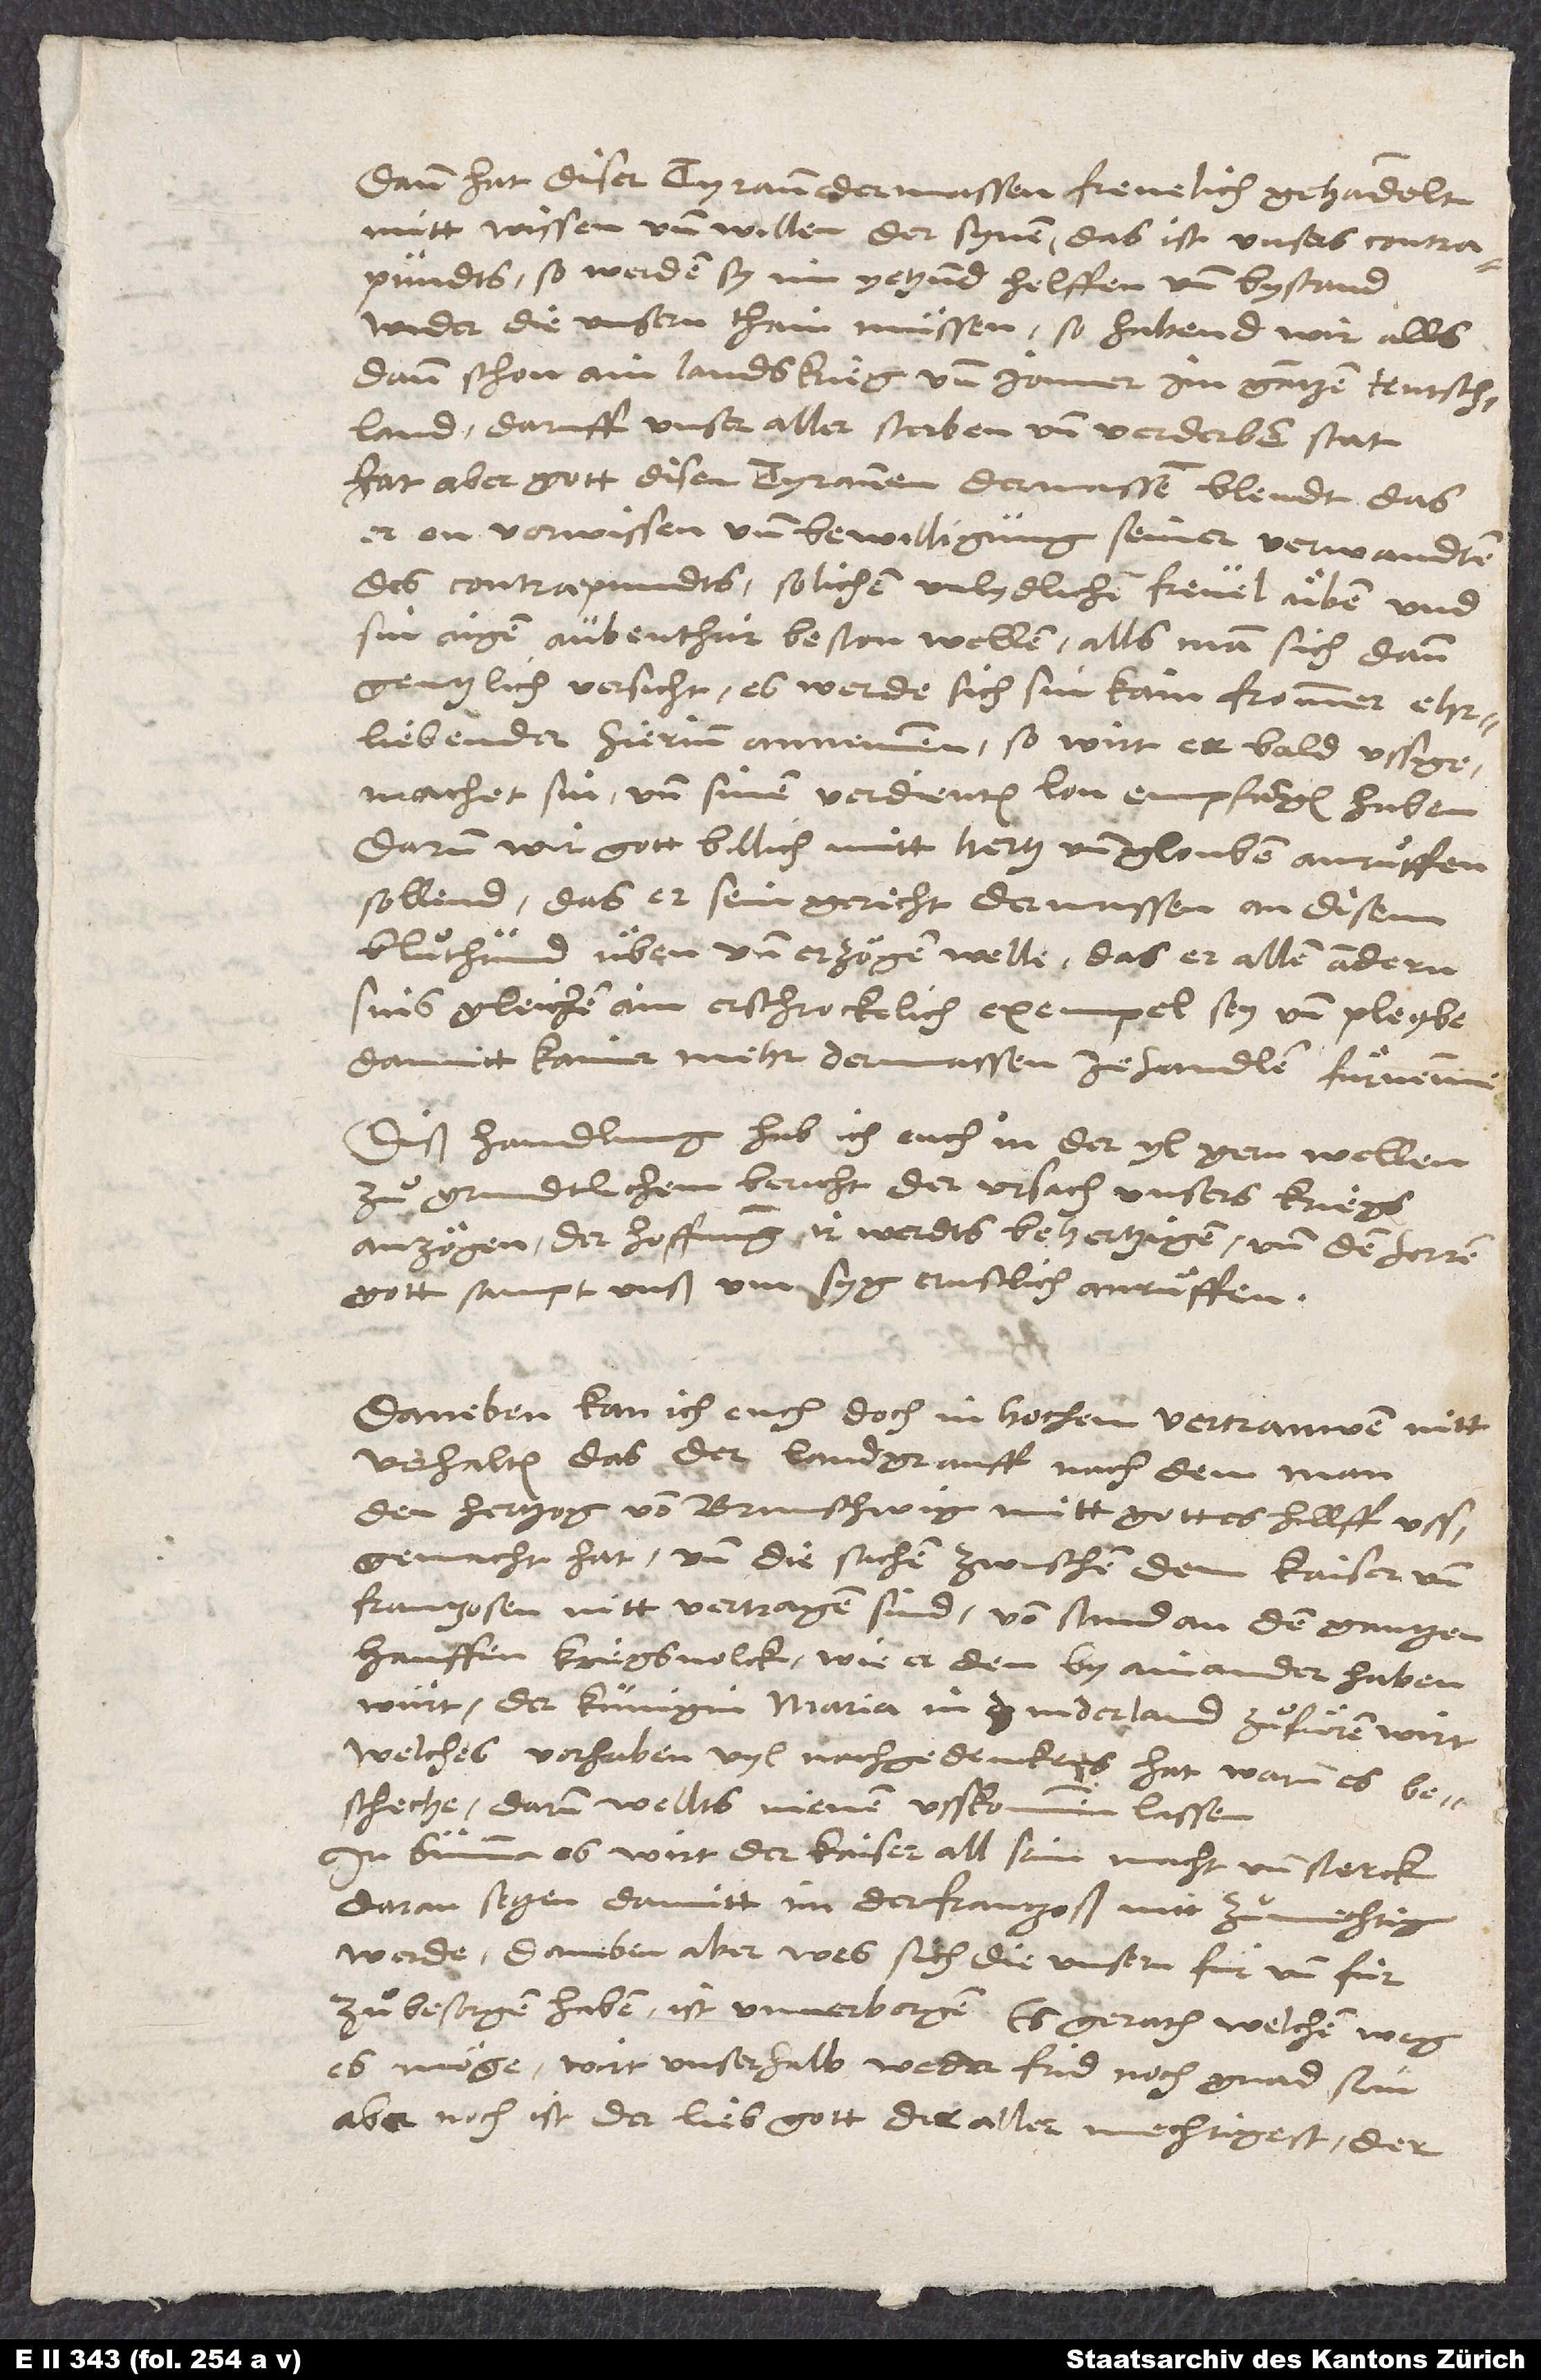
Dann hat diser tyrann der massen frevelich gehandelt
mitt wissen und willen der synen, das ist unsers contrapundts,
so werden sy im yetzund helffen und bystand
wider die unsern thain müssen; so habend wir allsdann
schon ain landskrieg und jamer im gantzen Teutschland,
daruff unser aller sterben und verderben stat.
Hat aber gott disen tyrannen dermassen blendt, das
er on vorwissen und bewilligung seiner verwandten
des contrapundts solichen unlydlichen frevel üben und
sin aigen aubenthür beston wellen, alls man sich dann
gentzlich versicht, es werde sich sin kain frommer ehrliebender
hierinn annemmen, so wirt er bald ussgemachet
sin und sinen verdienten lon empfangen haben.
Darum wir gott billich mitt hertz und glouben anrüffen
sollend, das er sein gericht dermassen an disem
bluͦthund üben und erzögen welle, das er allen andern
sins gleichen ain erschrockelich exempel sey und pleybe,
damitt kainer mehr dermassen ze handlen fürnemme.
Diß handlung hab ich euch in der yl gern wellen
zuͦ grundtlichem bericht der ursach unsers kriegs
anzögen, der hoffnung, ir werdts behertzigen und den herren
gott sampt unß um syg ernstlich anrüffen.
Daneben kan ich euch, doch in hochem vertrauwen, nitt
verhalten, das der landgrauff, nachdem man
den hertzog von Brunschwig mitt gottes hilff
ussgemacht hat und die sachen zwischen dem kaiser und
Frantzosen nitt vertragen sind, von stund an den gantzen
hauffen kriegsvolck, wie er den by ainander haben
würt, der kunigin Maria in d Niderland zuͦfüren wirt,
welches vorhaben vyl nachgedenckens hat, warum es
bescheche; darum wellts nienen usskommen lassen.
In summa: Es wirt der kaiser all sein macht und sterck
daran setzen, damitt im der Frantzoß nitt zuͦ mechtig
werde; daneben aber, wes sich die unsern für und für
zuͦ besorgen haben, ist unverborgen. Es gerath, welchen weg
es möge, wirt unser halb weder frid noch gnad sein.
Aber noch ist der lieb gott der allermechtigest; der